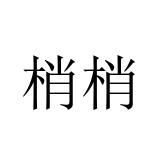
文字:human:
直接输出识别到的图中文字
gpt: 梢梢